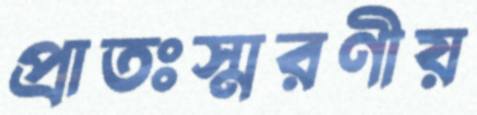
প্রাতঃস্মরণীয়